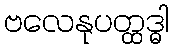
ဗလေနုပတ္ထဒ္ဓါ